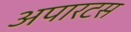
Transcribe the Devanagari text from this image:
अपारटस